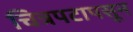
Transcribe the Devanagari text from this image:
चित्रपटापसून